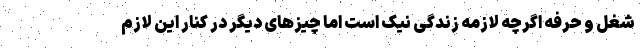
شغل و حرفه اگرچه لازمه زندگی نیک است اما چیزهای دیگر در کنار این لازم